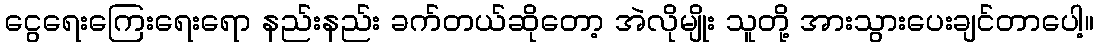
ငွေရေးကြေးရေးရော နည်းနည်း ခက်တယ်ဆိုတော့ အဲလိုမျိုး သူတို့ အားသွားပေးချင်တာပေါ့။